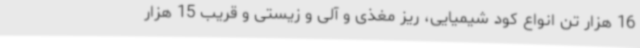
16 هزار تن انواع کود شیمیایی، ریز مغذی و آلی و زیستی و قریب 15 هزار